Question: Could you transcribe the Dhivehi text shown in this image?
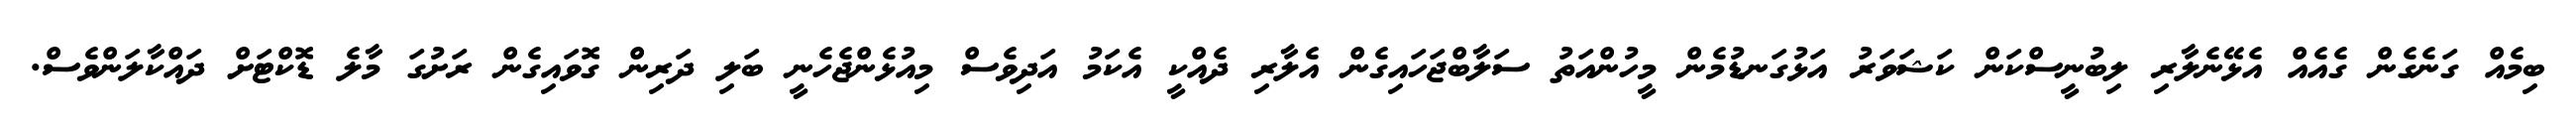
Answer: ބިމެއް ގަނެގެން ގެއެއް އެޅޭނެލާރި ލިބުނީސްކަން ކަޝަވަރު އަޅުގަނޑުމެން މީހުންއަތު ސަލާބްޖަހައިގެން އެލާރި ދެއްކީ އެކަމު އަދިވެސް މިއުޅެންޖެހެނީ ބަލި ދަރިން ގޮވައިގެން ރަށުގަ މާލެ ޑޮކްޓަށް ދައްކާލަންވެސް.